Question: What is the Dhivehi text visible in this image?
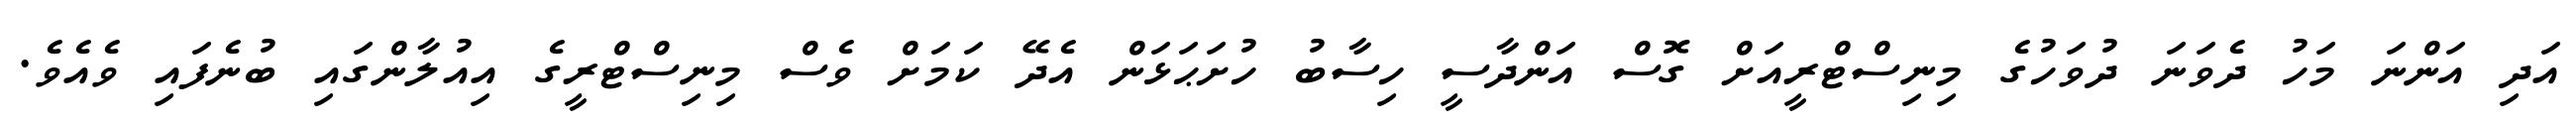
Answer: އަދި އަންނަ މަހު ދެވަނަ ދުވަހުގެ މިނިސްޓްރީއަށް ގޮސް އަންދާސީ ހިސާބު ހުށަޙަޅަން އެދޭ ކަމަށް ވެސް މިނިސްޓްރީގެ އިއުލާންގައި ބުނެފައި ވެއެވެ.